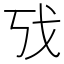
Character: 𫻦